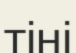
тіні